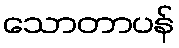
သောတာပန်